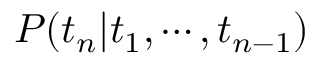
P ( t _ { n } | t _ { 1 } , \cdots , t _ { n - 1 } )